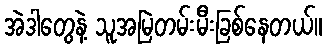
အဲဒါတွေနဲ့ သူအမြဲတမ်းမီးခြစ်နေတယ်။